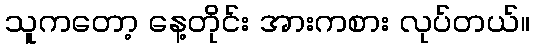
သူကတော့ နေ့တိုင်း အားကစား လုပ်တယ်။